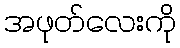
အဖုတ်လေးကို